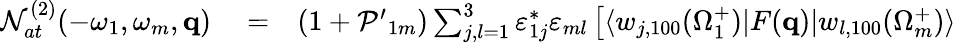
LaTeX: \begin{array}{rlr}{{\cal N}_{at}^{(2)}(-\omega_{1},\omega_{m},\mathbf{q})}&{{}=}&{(1+{\cal P^{\prime}}_{1m})\sum_{j,l=1}^{3}\varepsilon_{1j}^{*}\varepsilon_{ml}\left[\langle w_{j,100}(\Omega_{1}^{+})|F(\mathbf{q})|{w}_{l,100}(\Omega_{m}^{+})\rangle\right.}\end{array}